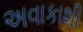
અવાકાશી